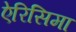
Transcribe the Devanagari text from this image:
ऐरिसिमा